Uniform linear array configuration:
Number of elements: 4
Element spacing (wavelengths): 1
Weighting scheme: blackman
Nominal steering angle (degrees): -45
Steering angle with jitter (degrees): -46.996
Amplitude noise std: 0.05
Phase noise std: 0.05

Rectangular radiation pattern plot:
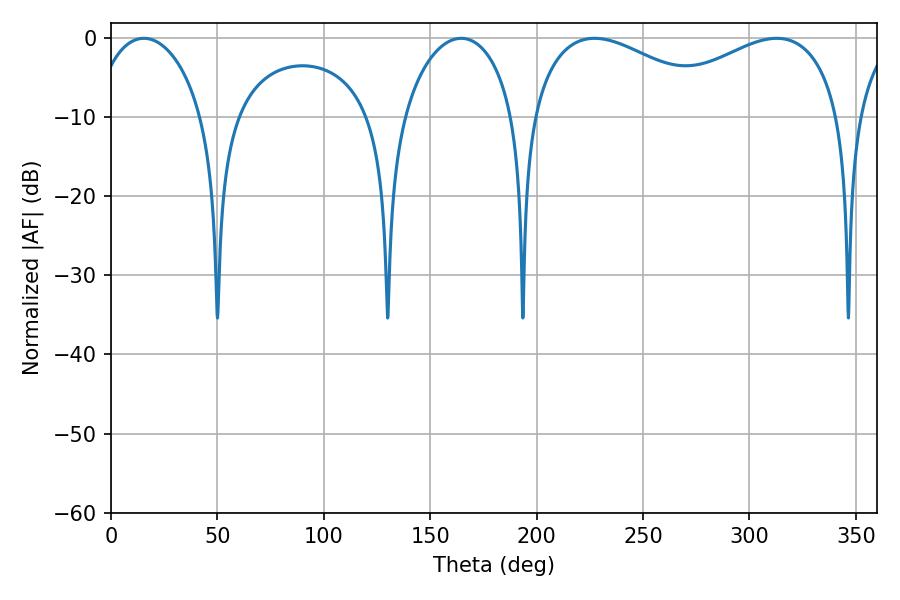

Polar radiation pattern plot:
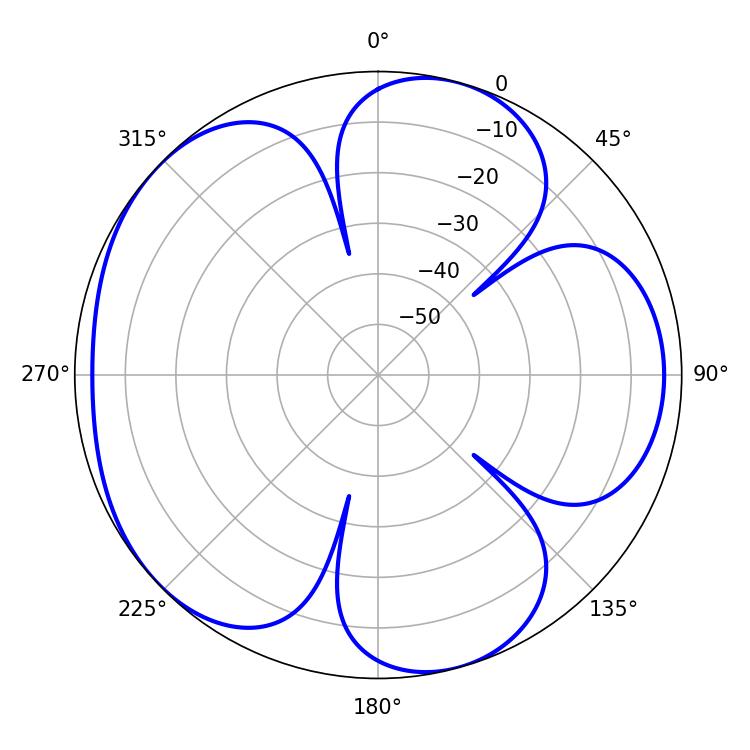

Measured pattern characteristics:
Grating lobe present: TRUE
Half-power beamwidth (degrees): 50.58
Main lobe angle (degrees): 227.16